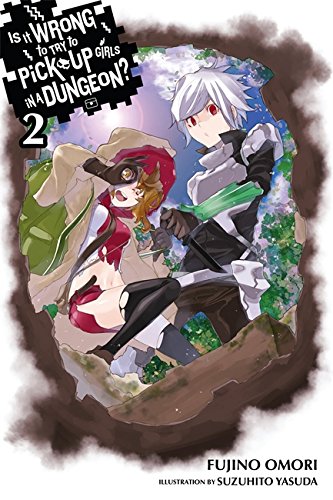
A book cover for Is It Wrong to Try to Pick Up Girls in a Dungeon?, Vol. 2 (Is It Wrong to Pick Up Girls in a Dungeon?); Fujino Omori; Science Fiction & Fantasy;